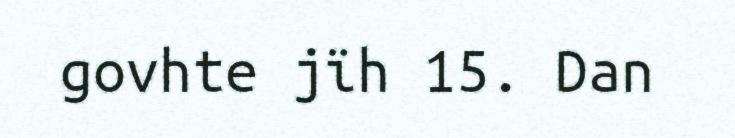
govhte jïh 15. Dan